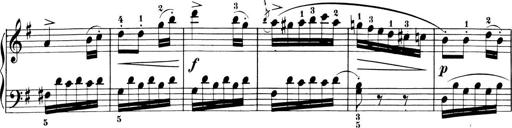
Title: 6 Piano Sonatinas
Composer: Cornelius Gurlitt